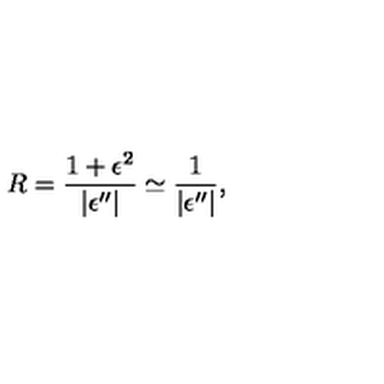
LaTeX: R = \frac { 1 + \epsilon ^ { 2 } } { | \epsilon ^ { \prime \prime } | } \simeq \frac { 1 } { | \epsilon ^ { \prime \prime } | } ,